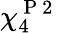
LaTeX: \chi_{4}^{\mathrm{~P~2~}}